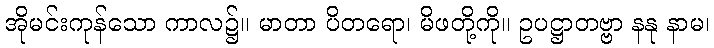
အိုမင်းကုန်သော ကာလ၌။ မာတာ ပိတရော၊ မိဖတို့ကို။ ဥပဋ္ဌာတဗ္ဗာ နနု နာမ၊